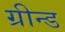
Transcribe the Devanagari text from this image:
ग्रीन्ड